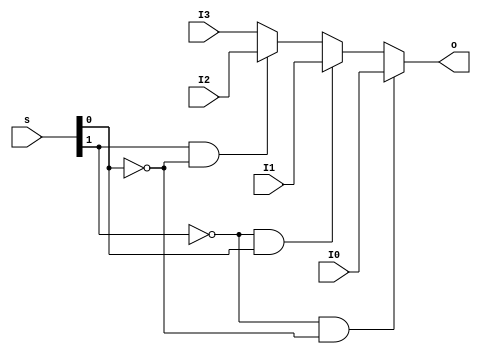
`timescale 1ns / 1ps
//////////////////////////////////////////////////////////////////////////////////
// Company: 
// Engineer: 
// 
// Design Name: 
// Module Name:    MUX4T1_5 
// Project Name: 
// Target Devices: 
// Tool versions: 
// Description: 
//
// Dependencies: 
//
// Revision: 
// Revision 0.01 - File Created
// Additional Comments: 
//
//////////////////////////////////////////////////////////////////////////////////
module MUX4T1_5(input [1:0] s,
					 input [4:0] I0,
					 input [4:0] I1,
					 input [4:0] I2,
					 input [4:0] I3,
					 output reg[4:0] o
    );

		always @(s or I0 or I1 or I2 or I3)
			o <= {!s[1] && !s[0]}?I0:  {!s[1]&& s[0]}?I1: { s[1]&& !s[0]}?I2: I3;

endmodule